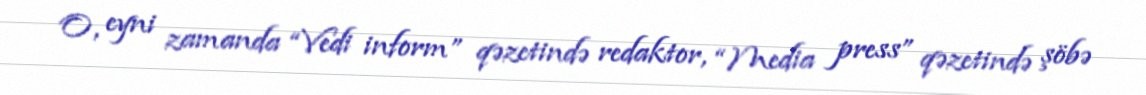
O, eyni zamanda “Vedi inform” qəzetində redaktor, “Media press” qəzetində şöbə